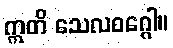
ဣတိ သေလဝဂ္ဂေါ။